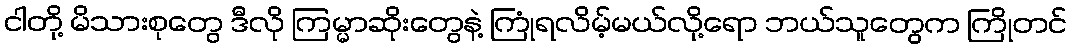
ငါတို့ မိသားစုတွေ ဒီလို ကြမ္မာဆိုးတွေနဲ့ ကြုံရလိမ့်မယ်လို့ရော ဘယ်သူတွေက ကြိုတင်